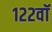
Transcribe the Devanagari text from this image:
१२२वॉ